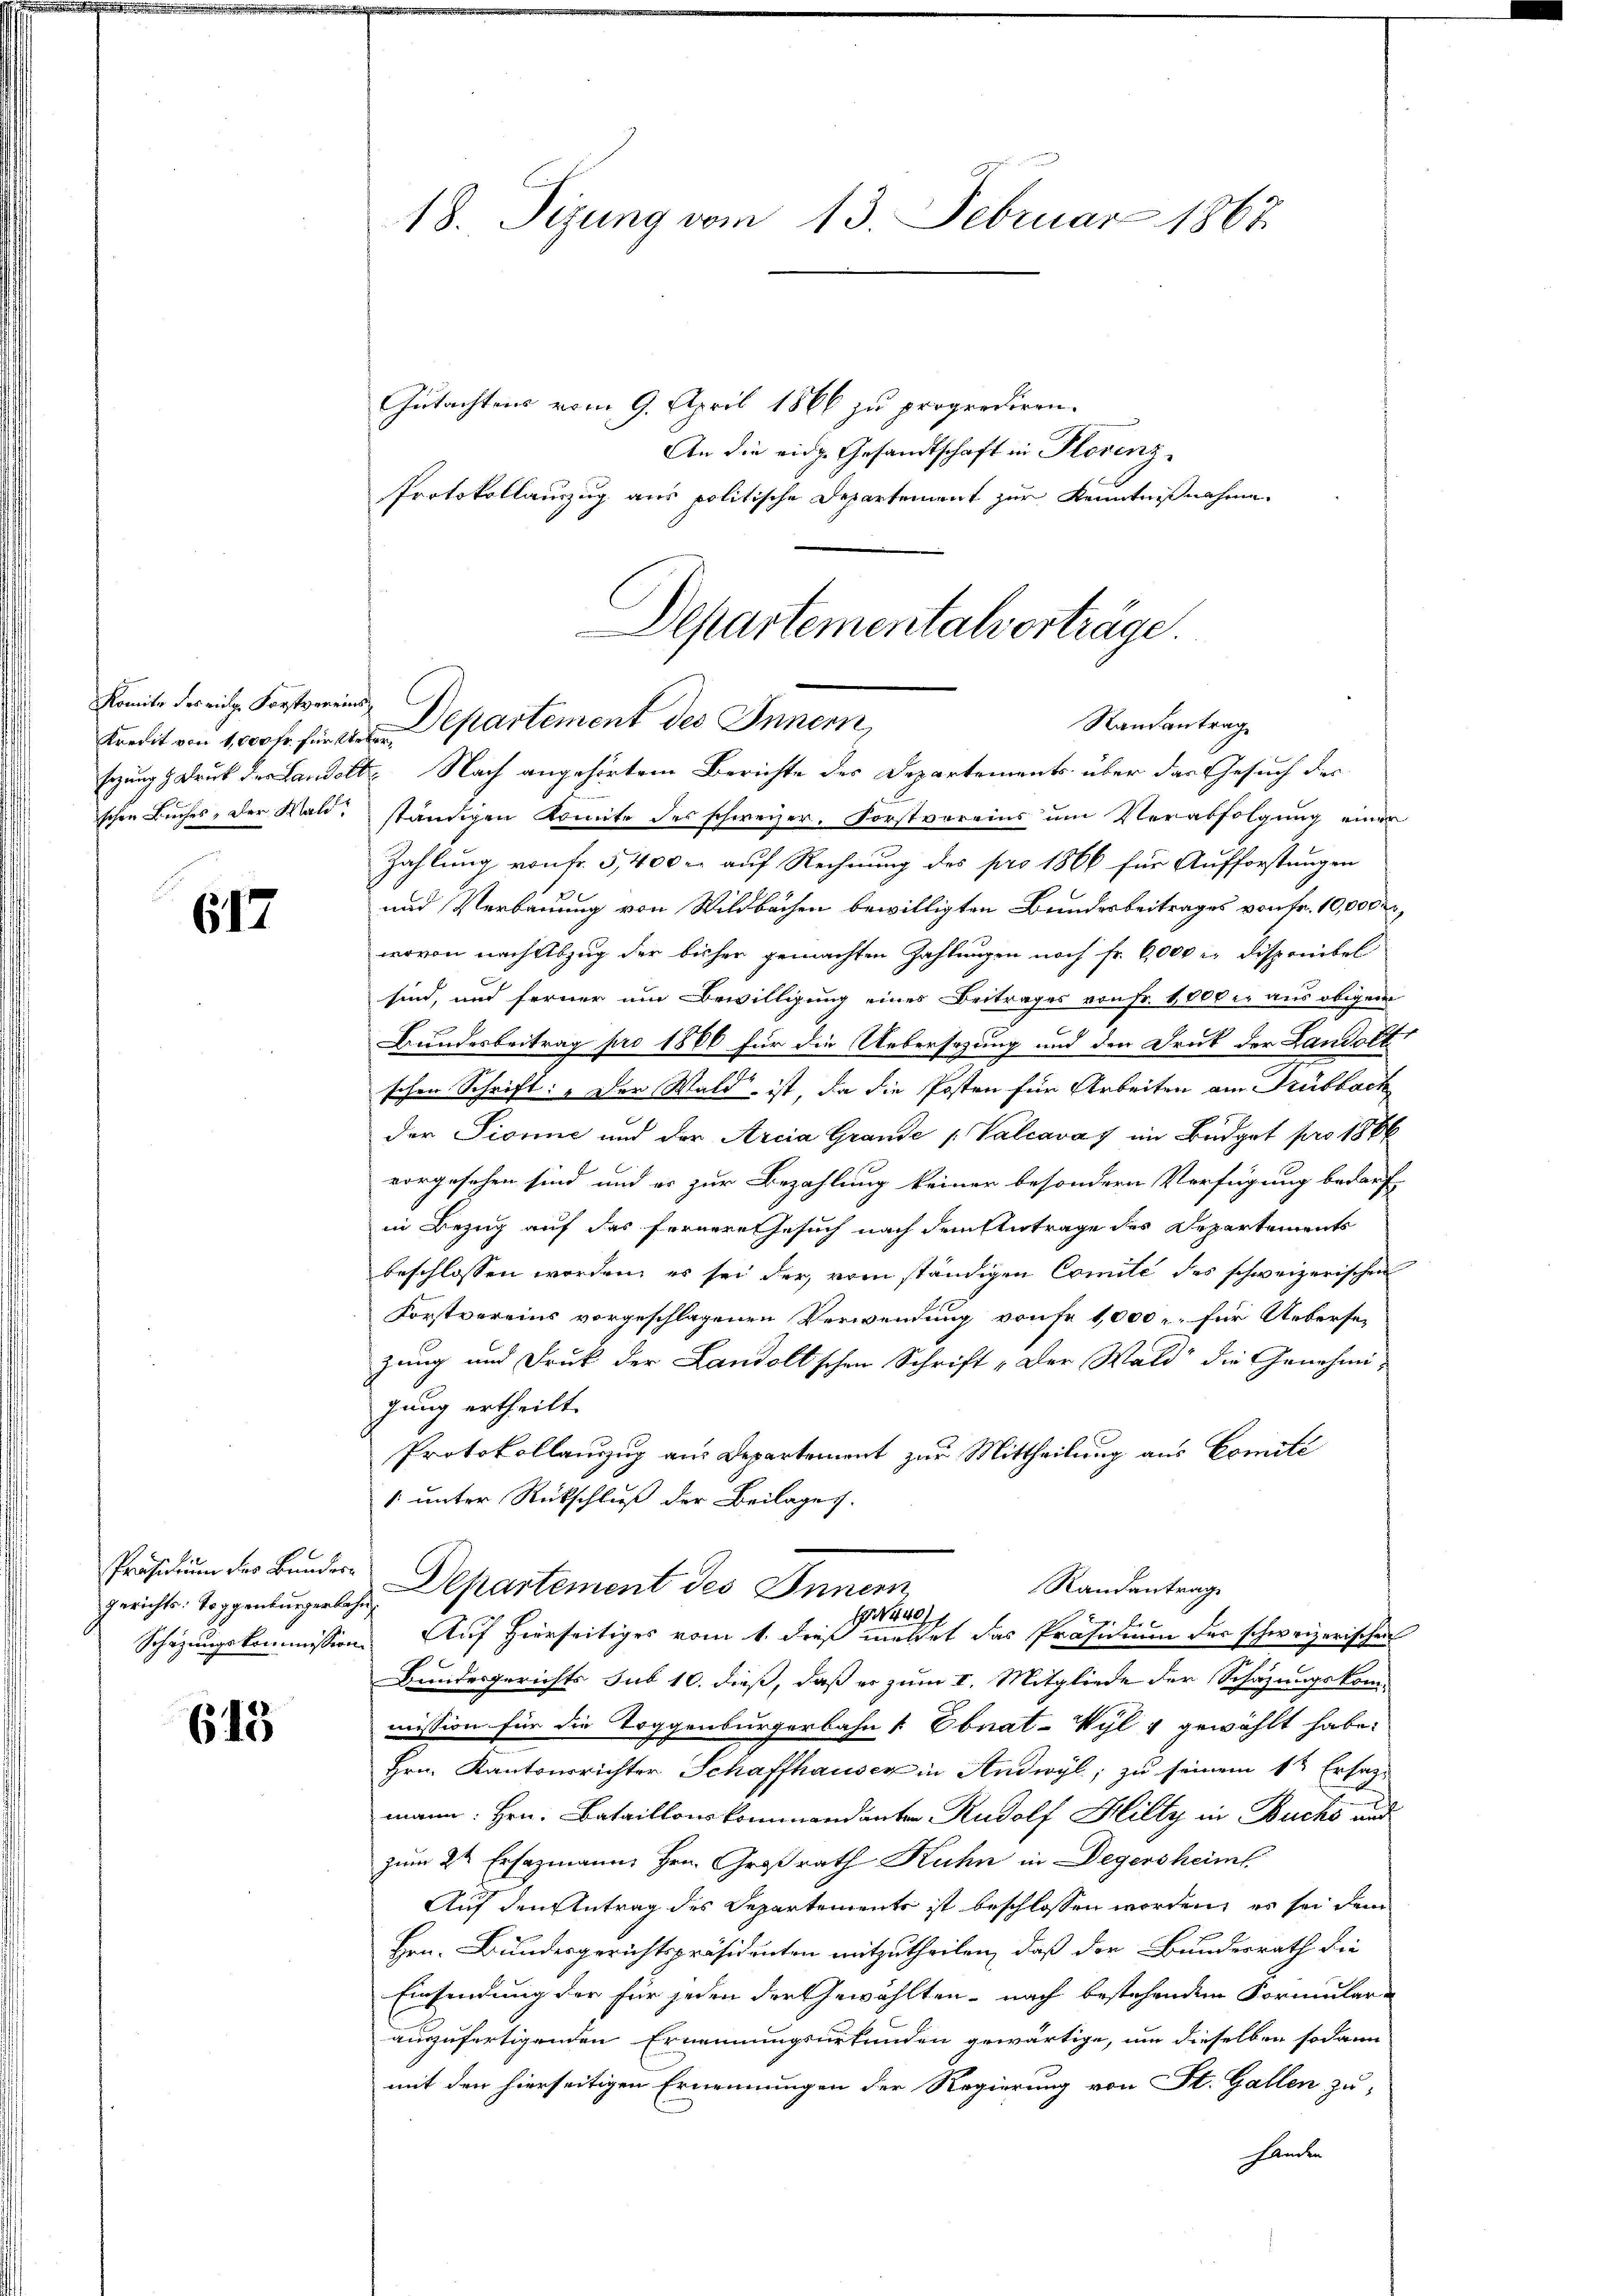
Komite des eige Forstvereins

617

Gerichts. Toggenburgerbahn

613

18. Sizung vom 13. Februar 1867

Gutachtens vom 9. April 1866 zu proprediren.
An die eidg. Gesandtschaft in Plorenz¬
Protokollauszug aus politische Departement zur Kenntnißnahme.

Departementalverträge.
Randantrag
Kredit von 1,000 fr. für Departement des Innern,
sezung & Druck der Landolt. Nach angehörtem Berichte des Departements über das Gesuch des

schen Buches, der Wald, ständigen Komite des schweizer, Forstvereins um Verabfolgung einer
Zahlung von Fr. 5,400 l. auf Rechnung des pro 1866 für Aufforstungen
und Verbauung von Wildbachen bewilligten Bundesbeitrages von Fr. 10,000 m
wovon nach Abzug der bisher gemachten Zahlungen noch Fr. 6,000 r. Disponibel
sind, und ferner um Bewilligung eines Beitrages von Fr. 1000 l. aus obigem
Bundesbeitrag pro 1866 für die Uebersagung und den Druk der Landolt,
schen Schrift: „Der Wald, ist, da die Posten für Arbeiten am Trubback
der Pionić und der Arcia Grande Valcavas im Budget pro 188
vorgesehen sind und es zur Bezahlung keiner besondern Verfügung bedarf,
in Bezug auf das fernere Gesuch nach dem stertrage des Departements
beschlossen worden, es sei der vom ständigen Comite des schweizerischen
Forstvereins vorgeschlagenen Verwendung vonse 1,000 für Uebersezung und Druk der Landolt'schen Schrift „Der Wald die Genehmi-
jung ertheilt.
Protokollauszug aus Departement zur Mittheilung aus Comité
1. unter Rückschluß der Beilages.
Präsidium des Bundes Departement des Innern
Randantrag
440
Schazungskommission. Auf Hierseitiges vom 1. dieß meldet das Präsidium der schweizerischen
Bundesgerichts sub 10. dieß, daß er zum I. Mitgliede der Schazungskom-
mission für die Toggenburgerbahn & Ebnat-Wyl & gewählt habe.
Hrn. Kantonsrichter Schaffhauser in Andwyl, zu seinem 1t Ersatze
mann Hrn. Bataillonskommandanten Rudolf Hilty in Buchs und
zum 2te Ersazmann Hrn. Großrath Ruhn in Degersheiml
Auf den Antrag des Departements ist beschlossen worden, es sei dem
Hrn. Bundesgerichtspräsidenten mitzutheilen, daß der Bundesrath die
Einsendung der für jeden der Gewählten - nach bestehenden Formulara
auszufertigenden Ernennungsurkunden gewärtige, um dieselben sodann
mit den hierseitigen Ernennungen der Regierung von St. Gallen zu
nden